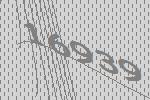
16939